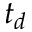
t _ { d }